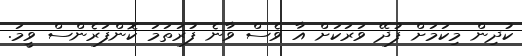
ކުދިން މިކަމަށް ފުދޭ ވަރަކަށް އާ ވެސް ވާނެ ފުރަތަމަ ކޮންފަރެންސް ވީމަ.